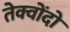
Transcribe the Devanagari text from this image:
तेक्वोंदो